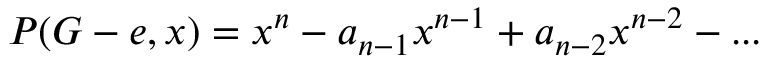
P ( G - e , x ) = x ^ { n } - a _ { n - 1 } x ^ { n - 1 } + a _ { n - 2 } x ^ { n - 2 } - . . .